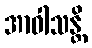
အာဝါသန္တိ